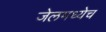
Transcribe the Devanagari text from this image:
जेलमध्येच